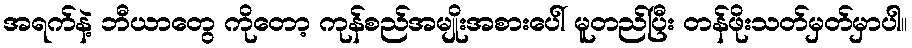
အရက်နဲ့ ဘီယာတွေ ကိုတော့ ကုန်စည်အမျိုးအစားပေါ် မူတည်ပြီး တန်ဖိုးသတ်မှတ်မှာပါ။